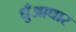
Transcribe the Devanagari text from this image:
धुँआधार